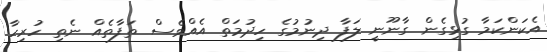
އެކަންކަމާ ގުޅިގެން ގާނޫނީ ލަފާ ދިނުމުގެ ހިދުމަތް އެއްވެސް ތަފާތެއް ނެތި ހުރިހާ